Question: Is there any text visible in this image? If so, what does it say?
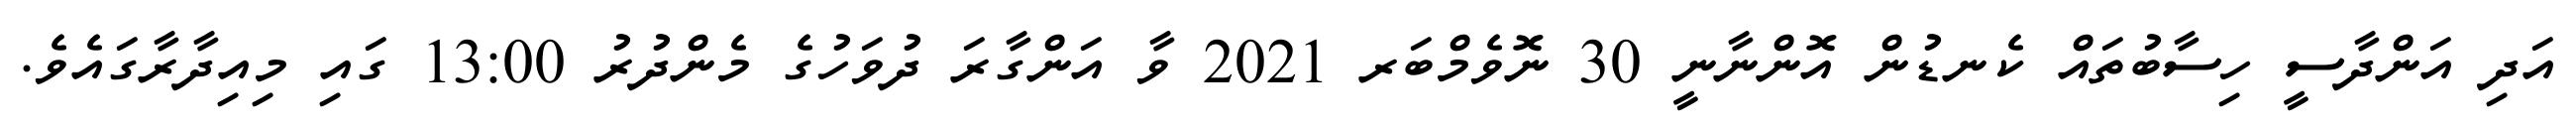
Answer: އަދި އަންދާސީ ހިސާބުތައް ކެނޑުން އޮންނާނީ 30 ނޮވެމްބަރ 2021 ވާ އަންގާރަ ދުވަހުގެ މެންދުރު 13:00 ގައި މިއިދާރާގައެވެ.